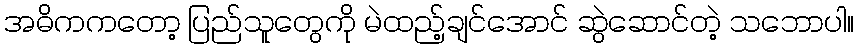
အဓိကကတော့ ပြည်သူတွေကို မဲထည့်ချင်အောင် ဆွဲဆောင်တဲ့ သဘောပါ။